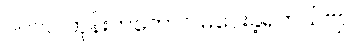
၂၀၁၀ တုန်းကတောင် မဲပေးခဲ့ရတယ်ဗျာ။